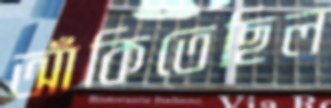
আঁকিতেছিল